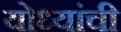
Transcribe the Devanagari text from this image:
योध्यांची